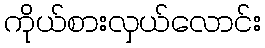
ကိုယ်စားလှယ်လောင်း